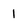
Character: i